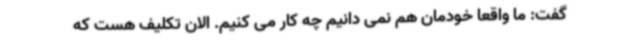
گفت: ما واقعا خودمان هم نمی دانیم چه کار می کنیم. الان تکلیف هست که